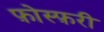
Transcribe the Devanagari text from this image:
फ़ोस्फ़री